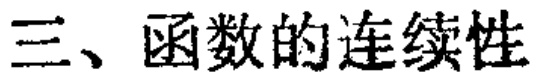
三、函数的连续性